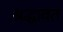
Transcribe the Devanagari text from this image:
श्रद्धावंत